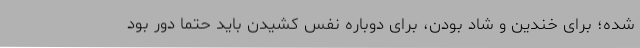
شده؛ برای خندین و شاد بودن، برای دوباره نفس کشیدن باید حتماً دور بود